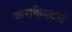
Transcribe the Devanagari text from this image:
कराकैक्टस